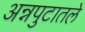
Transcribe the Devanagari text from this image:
अन्नपुटातले